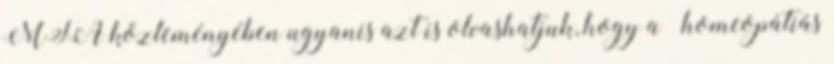
MTA közleményében ugyanis azt is olvashatjuk, hogy a „homeopátiás